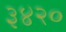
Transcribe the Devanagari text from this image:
३४२०